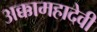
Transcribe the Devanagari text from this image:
अक्कामहादेवी